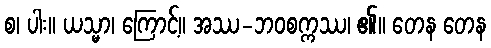
စ၊ ပါး။ ယသ္မာ၊ ကြောင့်။ အဿ-ဘဝစက္ကဿ၊ ၏။ တေန တေန